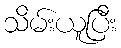
သိမ်းယူပြီး